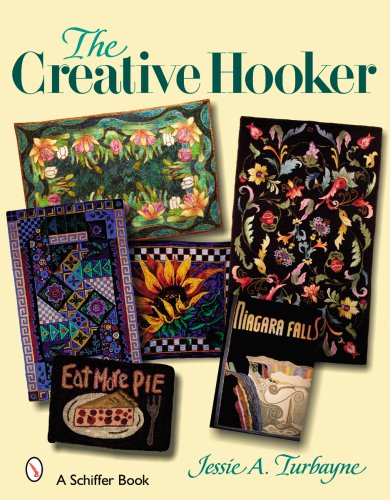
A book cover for The Creative Hooker; Jessie A. Turbayne; Crafts, Hobbies & Home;